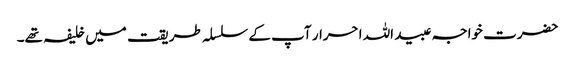
حضرت خواجہ عبید اللہ احرار آپ کے سلسلہ طریقت میں خلیفہ تھے۔